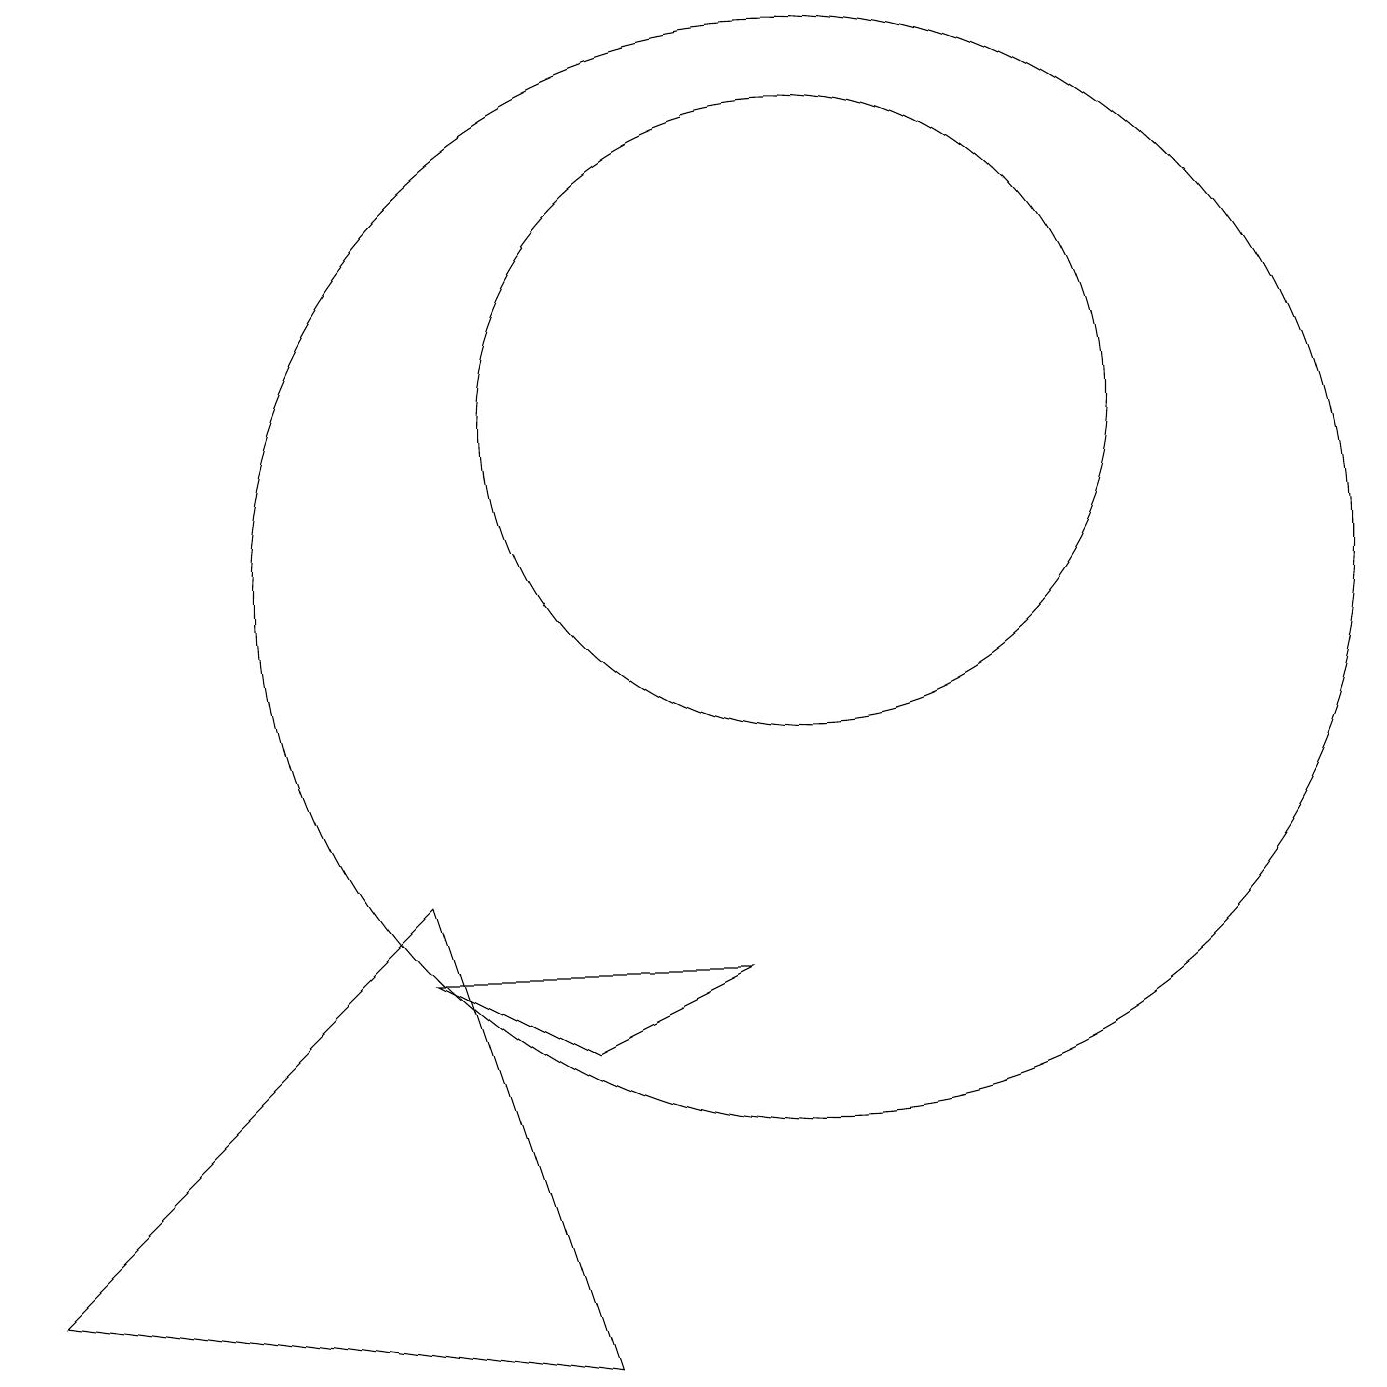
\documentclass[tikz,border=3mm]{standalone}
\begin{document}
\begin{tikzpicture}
\draw (5,5) -- (9,5) -- (7,4) -- cycle;
\draw (10,10) circle (7);
\draw (7,0) -- (0,1) -- (5,6) -- cycle;
\draw (10,12) circle (4);
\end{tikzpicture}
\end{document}